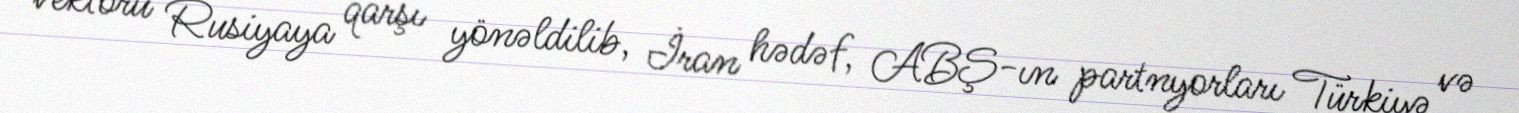
vektoru Rusiyaya qarşı yönəldilib, İran hədəf, ABŞ-ın partnyorları Türkiyə və